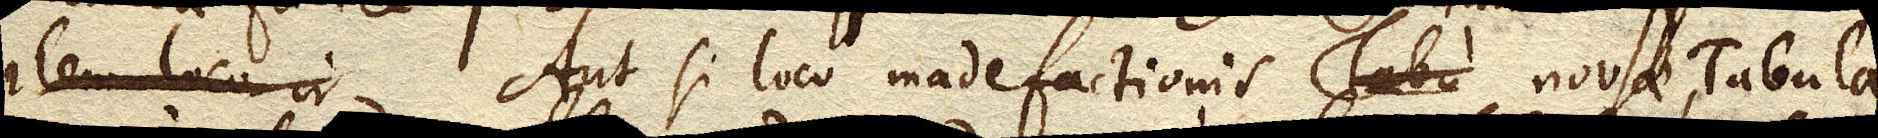
; item loco ir . Aut si loco madefactionis novae, Tabula